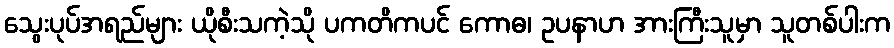
သွေးပုပ်အရည်များ ယိုစီးသကဲ့သို ပကတိကပင် ကောဓ၊ ဥပနာဟ အားကြီးသူမှာ သူတစ်ပါးက